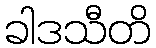
ခါဒသီတိ